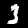
Label: 3